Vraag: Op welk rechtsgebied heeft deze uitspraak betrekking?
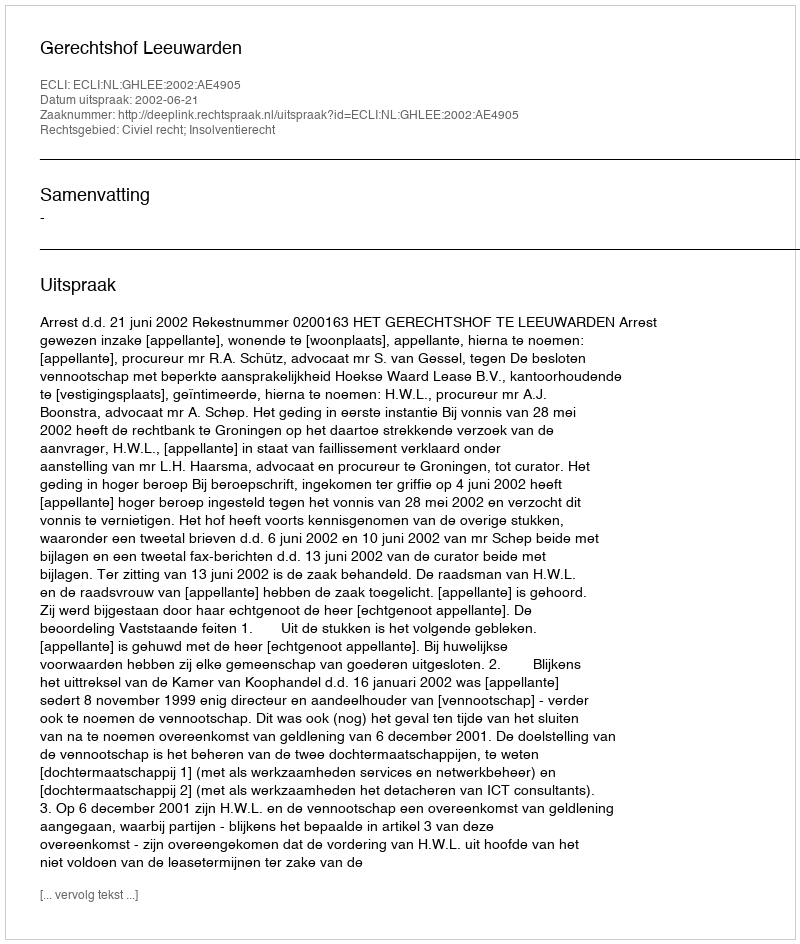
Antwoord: Civiel recht; Insolventierecht